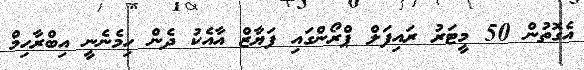
އެގޮތުން 50 މީޓަރު ރައިފަލް ޕްރޯންގައި ފަޔާޒް އާއެކު ދެން ހިމެނެނީ އިބްރާހިމް